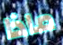
ماذا